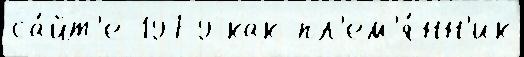
са́йт'е 1979 как пл'ем'я́нн'ик